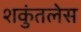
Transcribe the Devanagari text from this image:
शकुंतलेस